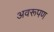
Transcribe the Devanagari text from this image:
अवरूपण